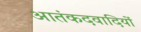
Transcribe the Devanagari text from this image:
आतंकदवादियों